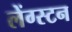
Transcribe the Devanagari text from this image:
लेंग्स्टन